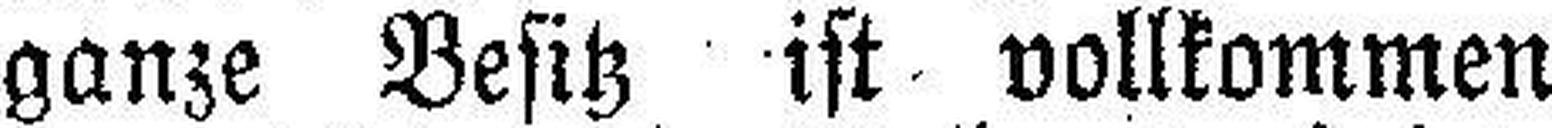
ganze Besitz ist vollkommen